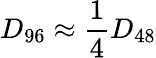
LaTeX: D_{96}\approx{\frac{1}{4}}D_{48}